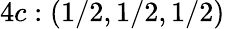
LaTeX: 4c:(1/2,1/2,1/2)